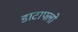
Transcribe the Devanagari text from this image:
डाटाफ्लो